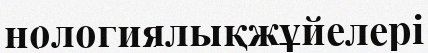
нологиялықжұйелері